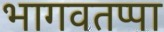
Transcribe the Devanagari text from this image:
भागवतप्पा